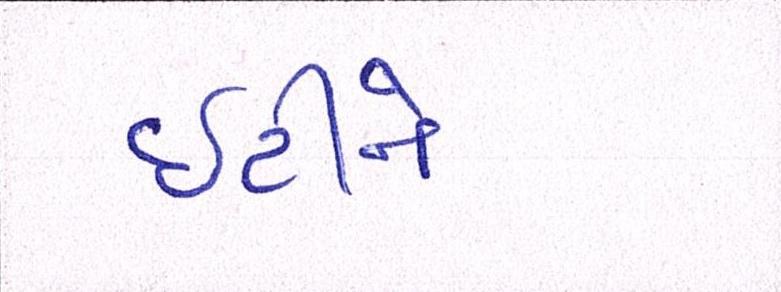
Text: ઇટીને